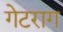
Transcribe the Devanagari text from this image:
गेटराग